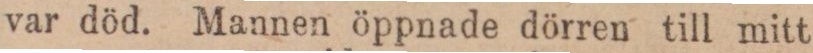
var död. Mannen öppnade dörren till mitt